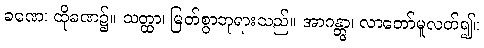
ခဏေ၊ ထိုခဏ၌။ သတ္ထာ၊ မြတ်စွာဘုရားသည်။ အာဂန္တွာ၊ လာတော်မူလတ်၍။